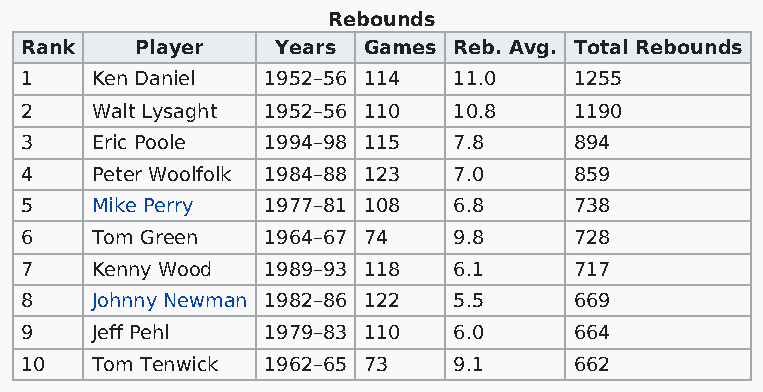
Rebounds
 Rank    Player   Years Games Reb. Avg. Total Rebounds
 1    Ken Daniel 1952–56 114  11.0    1255
 2    Walt Lysaght 1952–56 110 10.8   1190
 3    Eric Poole 1994–98 115  7.8     894
 4    Peter Woolfolk 1984–88 123 7.0  859
 5    Mike Perry 1977–81 108  6.8     738
 6    Tom Green  1964–67 74   9.8     728
 7    Kenny Wood 1989–93 118  6.1     717
 8    Johnny Newman 1982–86 122 5.5   669
 9    Jeff Pehl  1979–83 110  6.0     664
 10   Tom Tenwick 1962–65 73  9.1     662